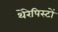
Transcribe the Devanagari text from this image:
थेरेपिस्टों